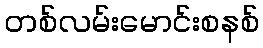
တစ်လမ်းမောင်းစနစ်